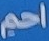
احم